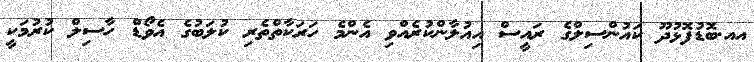
އއ.ބޮޑުފޮޅުދޫ ކައުންސިލްގެ ރައީސް އިއުލާންކުރެއްވި އެންމެ ހަރަކާތްތެރި ކުލަބުގެ އެވޯޑް ހާސިލް ކުރުމަކީ